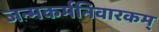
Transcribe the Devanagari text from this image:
जन्मकर्मनिवारकम्